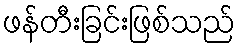
ဖန်တီးခြင်းဖြစ်သည်